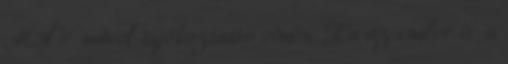
MÁV művel tájékoztatás címén. Ha az ember ír a